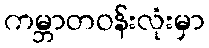
ကမ္ဘာတဝန်းလုံးမှာ